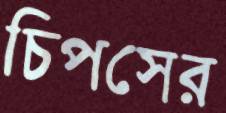
চিপসের